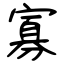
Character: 寡